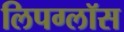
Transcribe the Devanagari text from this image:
लिपग्लॉस